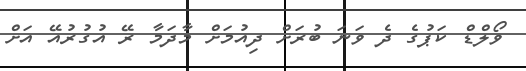
ވޯލްޑް ކަޕުގެ ދެ ވަނަ ބުރަށް ދިއުމަށް މާދަމާ ރޭ އުގުރުއޭ އަށް